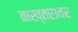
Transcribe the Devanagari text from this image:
बाख्तरावर